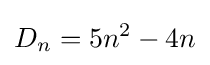
D_{n}=5n^{2}-4n